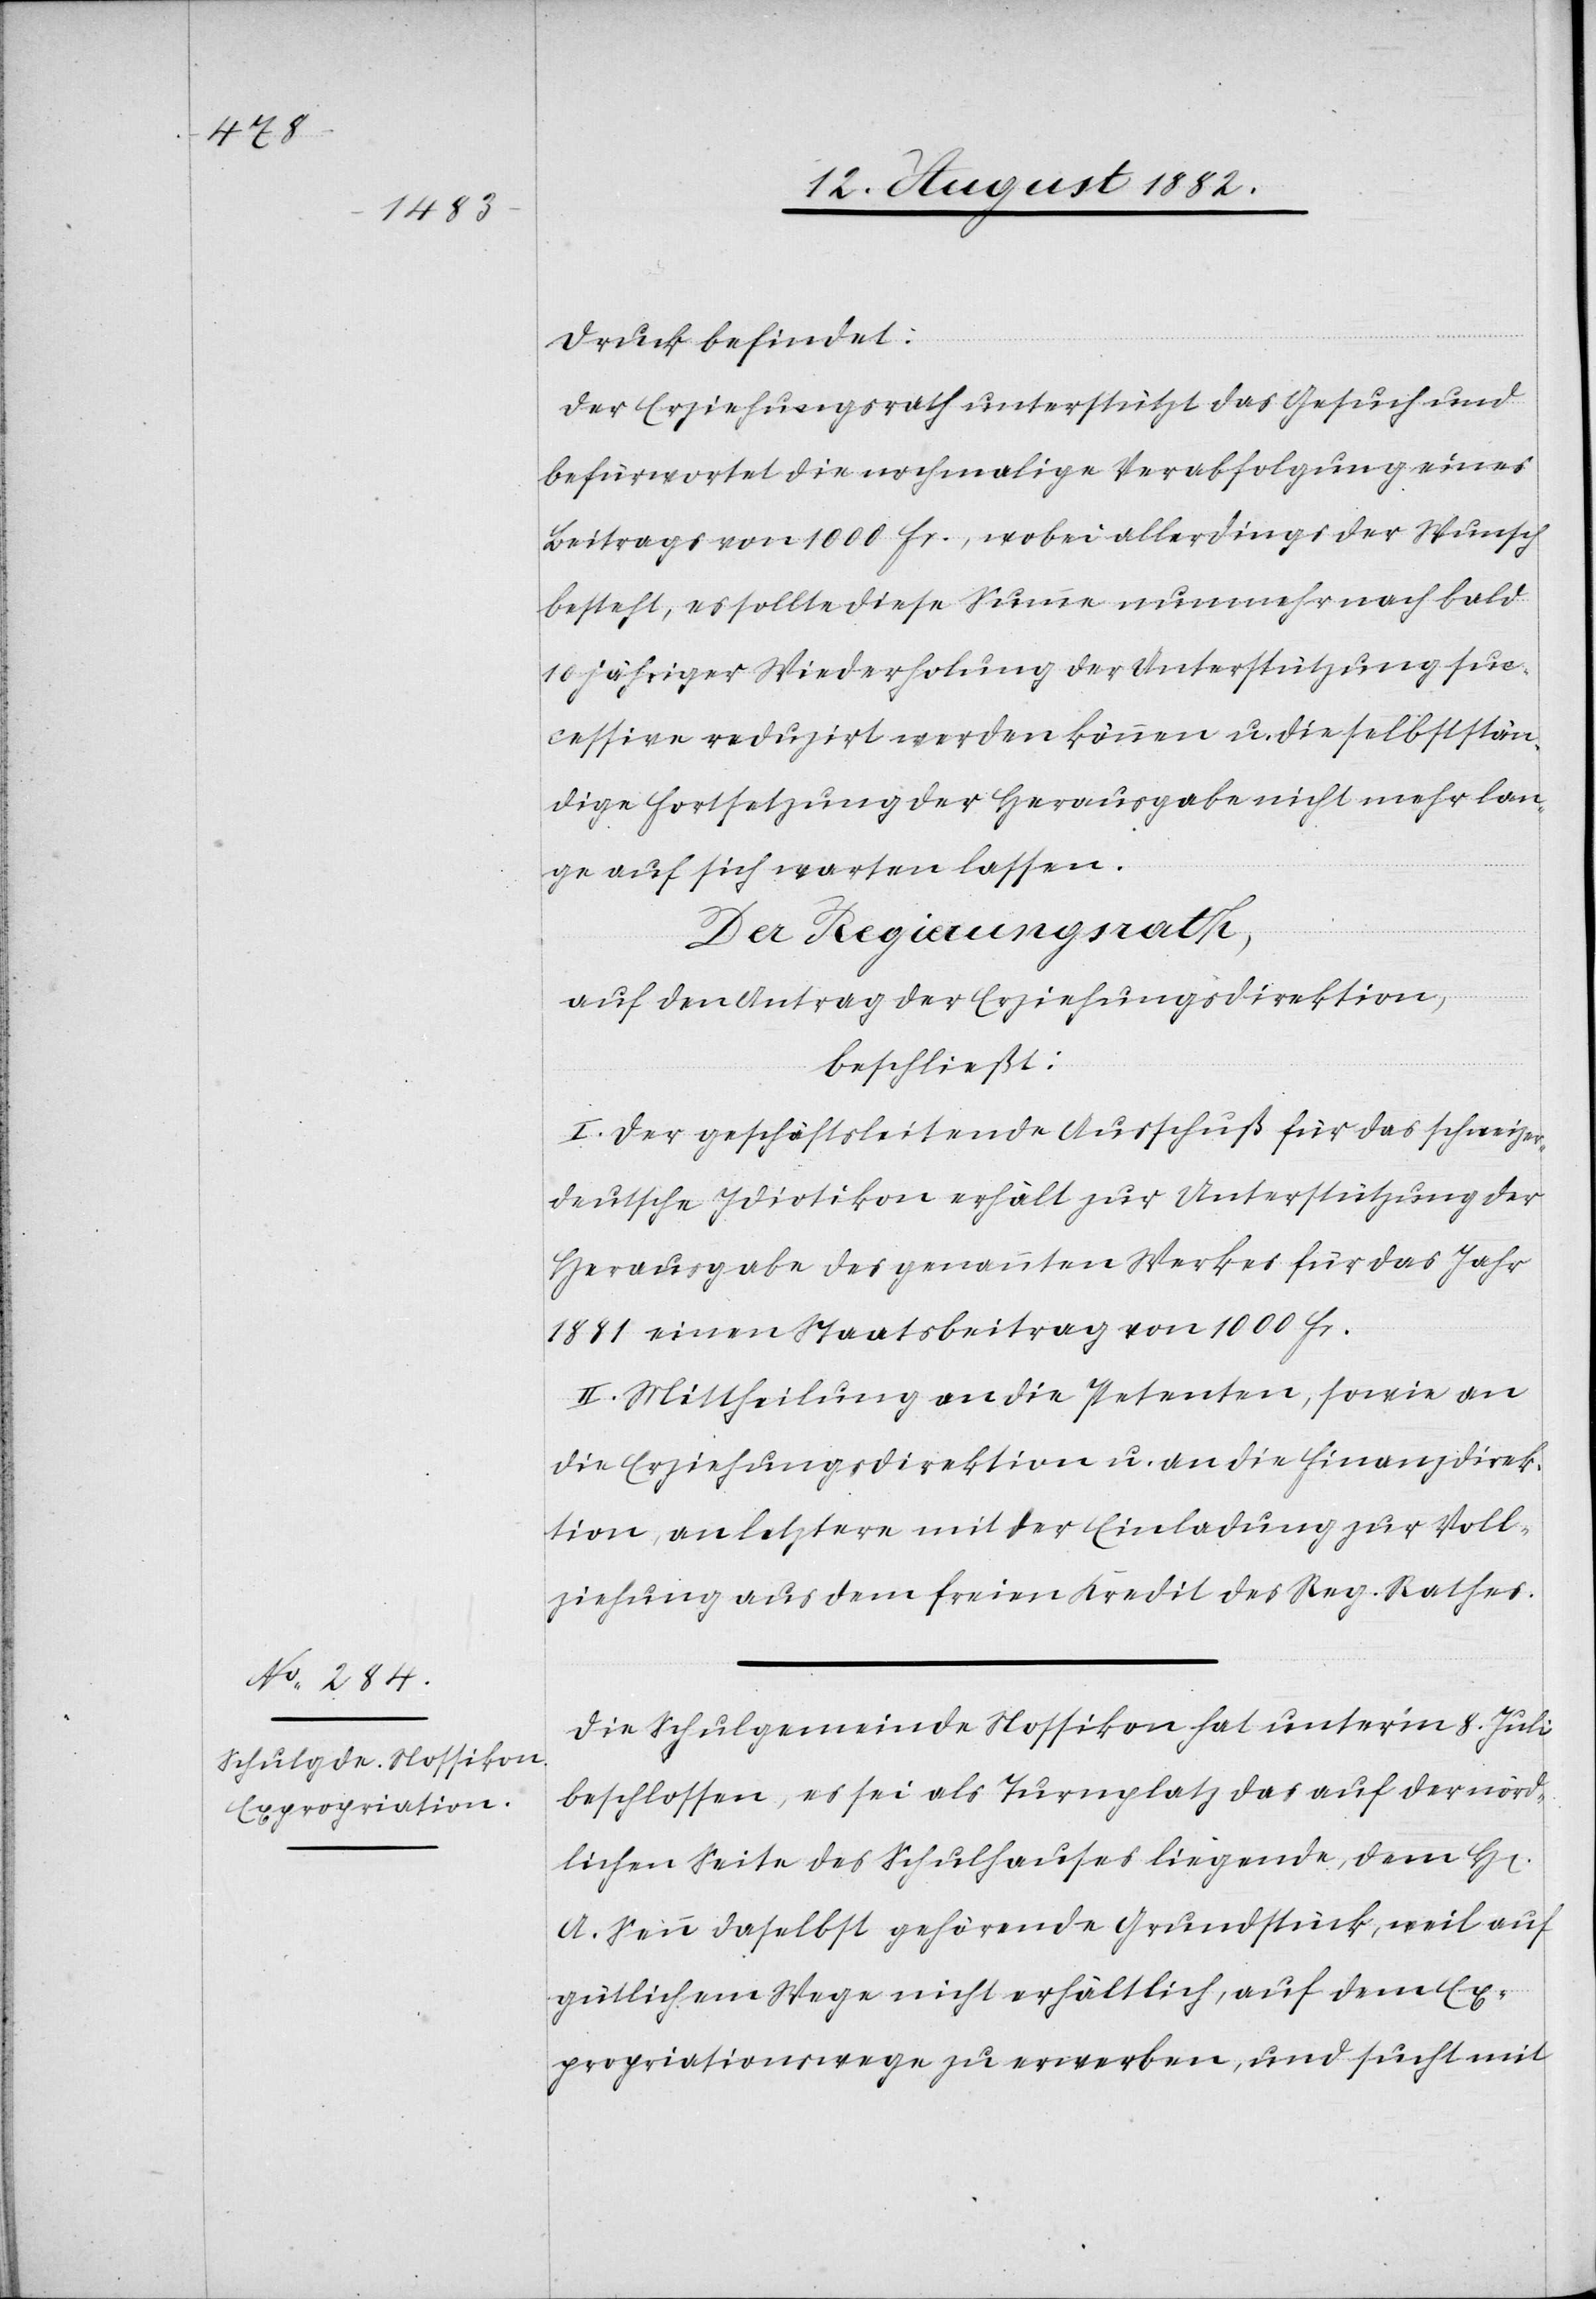
Druck befindet.
Der Regierungsrath unterstützt das Gesuch und
befürwortet die nochmalige Verabfolgung eines
Beitrages von 1000 Fr., wobei allerdings der Wunsch
besteht, es sollte diese Summe nunmehr nach bald
10 jähriger Widerholung der Unterstützung suc¬
cessive reduzirt werden können u. die selbststän¬
dige Fortsetzung der Herausgabe nicht mehr lan¬
ge auf sich warten lassen.
Der Regierungsrath,
rrn]
auf den Antrag der Erziehungsdirektion,
beschließt:
I. Der geschäftsleitende Ausschuß für das schweizer¬
deutsche Idiotikon erhält zur Unterstützung der
Herausgabe des genannten Werkes für das Jahr
1881 einen Staatsbeitrag von 1000 Fr.
II. Mittheilung an die Petenten, sowie an
die Erziehungsdirektion u. an die Finanzdirek¬
tion, an letztere mit der Einladung zur Voll¬
ziehung aus dem freien Kredit des Reg. Rathes.
Die Schulgemeinde Nossikon hat unterm 8. Juli
beschlossen, es sei als Turnplatz das auf der nörd¬
lichen Seite des Schulhauses liegende, dem H[e¬
A. Senn daselbst gehörende Grundstück, weil auf
gütlichem Wege nicht erhältlich, auf dem Ex¬
propriationswege zu erwerben, und sucht mit